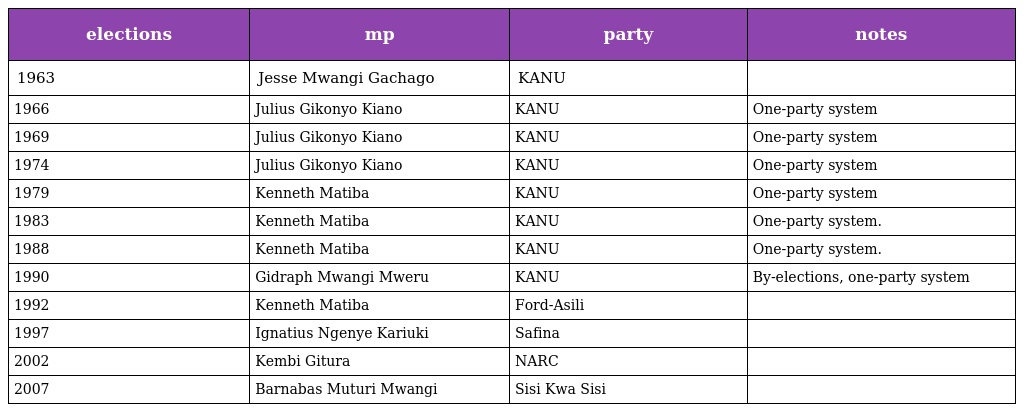
| elections | mp | party | notes |
 | --- | --- | --- | --- |
 | 1963 | Jesse Mwangi Gachago | KANU |  |
 | 1966 | Julius Gikonyo Kiano | KANU | One-party system |
 | 1969 | Julius Gikonyo Kiano | KANU | One-party system |
 | 1974 | Julius Gikonyo Kiano | KANU | One-party system |
 | 1979 | Kenneth Matiba | KANU | One-party system |
 | 1983 | Kenneth Matiba | KANU | One-party system. |
 | 1988 | Kenneth Matiba | KANU | One-party system. |
 | 1990 | Gidraph Mwangi Mweru | KANU | By-elections, one-party system |
 | 1992 | Kenneth Matiba | Ford-Asili |  |
 | 1997 | Ignatius Ngenye Kariuki | Safina |  |
 | 2002 | Kembi Gitura | NARC |  |
 | 2007 | Barnabas Muturi Mwangi | Sisi Kwa Sisi |  |